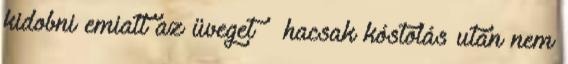
kidobni emiatt az üveget – hacsak kóstolás után nem